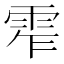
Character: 𩂖